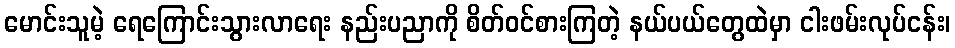
မောင်းသူမဲ့ ရေကြောင်းသွားလာရေး နည်းပညာကို စိတ်ဝင်စားကြတဲ့ နယ်ပယ်တွေထဲမှာ ငါးဖမ်းလုပ်ငန်း၊